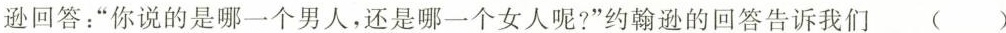
逊回答：”你说的是哪一个男人，还是哪一个女人呢?”约翰逊的回答告诉我们 ( )